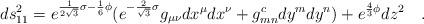
LaTeX: \begin{align*}ds_{11}^2 = e^{\frac{1}{2 \sqrt{3}} \sigma - \frac{1}{6}\phi} (e^{-\frac{2}{\sqrt{3}} \sigma}g_{\mu \nu} dx^\mu dx^\nu + g^c_{mn} dy^mdy^n) + e^{\frac{4}{3} \phi} dz^2 \quad .\end{align*}